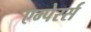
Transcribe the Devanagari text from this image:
एम्पेरर्स